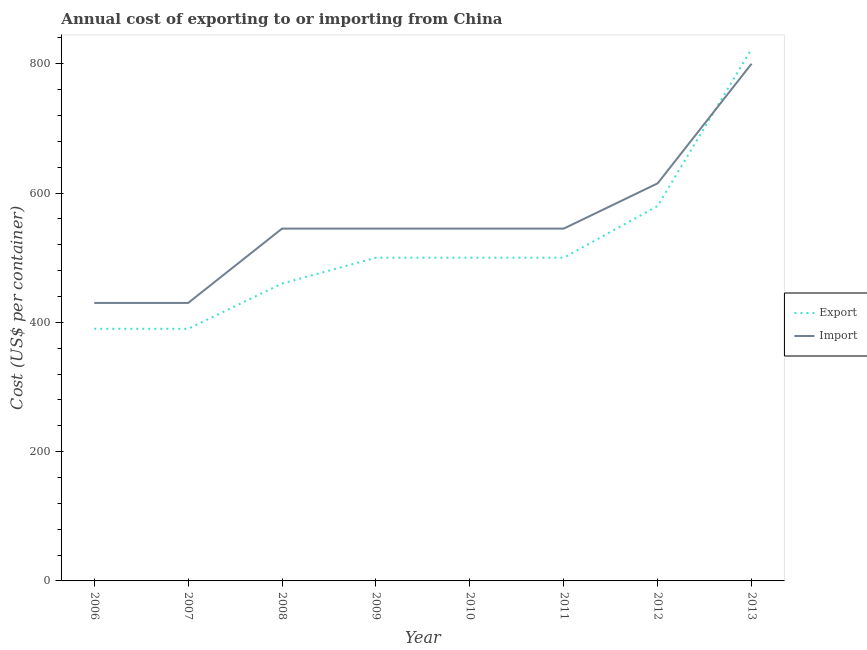
| Year | Export | Import |
 | --- | --- | --- |
 | 2006 | 390 | 430 |
 | 2007 | 390 | 430 |
 | 2008 | 460 | 545 |
 | 2009 | 500 | 545 |
 | 2010 | 500 | 545 |
 | 2011 | 500 | 545 |
 | 2012 | 580 | 615 |
 | 2013 | 823 | 800 |